Indian journal of veterinary science and animal husbandry - Volume 2,
Year: 1932
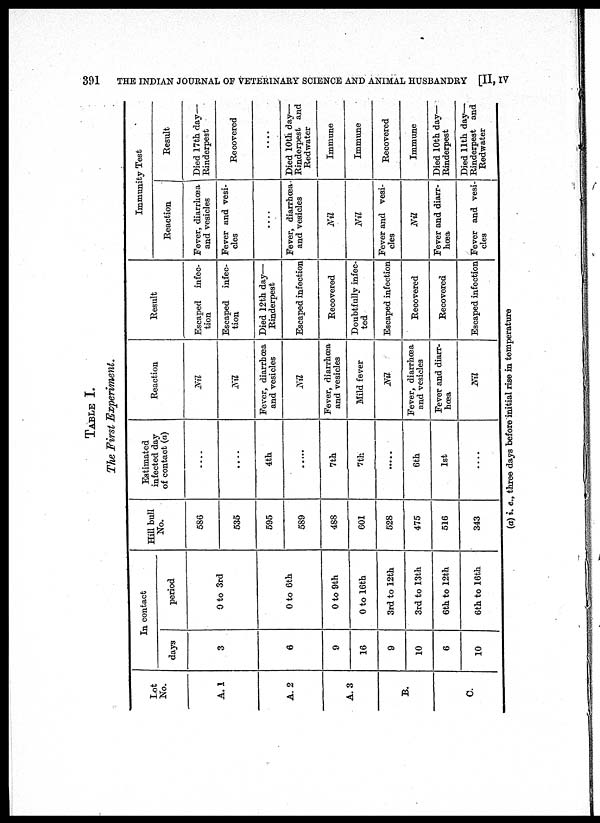
391
THE INDIAN JOURNAL OF VETERINARY SCIENCE AND ANIMAL HUSBANDRY [II, IV
TABLE I.
The First Experiment.
Lot
No.
A. 1
A. 2
A. 3
B.
C.
In contact
days
3
6
9
16
9
10
6
10
period
0 to 3rd
0 to 6th
0 to 9th
0 to 16th
3rd to 12th
3rd to 13th
6th to 12th
6th to 16th
Hill bull
No.
586
535
595
589
488
601
528
475
516
343
Estimated
infected day
of contact (a)
.....
.....
4th
7th
7th
.....
6th
1st
.....
Reaction
Nil
Nil
Fever, diarrhœa
and vesicles
Nil
Fever, diarrhœa
and vesicles
Mild fever
Nil.
Fever, diarrhœa
and vesicles
Fever and diarr-
hœa
Nil
Result
Escaped
infec-
tion
Escaped
infec-
tion
Died 12th day—
Rinderpest
Escaped infection
Recovered
Doubtfullv infec-
ted
Escaped infection
Recovered
Recovered
Escaped infection
Immunity Test
Reaction
Fever, diarrhœa
and vesicles
Fever and vesi-
cles
....
Fever, diarrhœa
and vesicles
Nil
Nil
Fever and vesi-
cles
Nil
Fever and diarr-
hœa
Fever and vesi-
cles
Result
Died 17th day—
Rinderpest
Recovered
....
Died 10th day—
Rinderpest and
Redwater
Immune
Immune
Recovered
Immune
Died 10th day—
Rinderpest
Died 11th day—
Rinderpest and
Redwater
(a) i. e., three days before initial rise in temperature